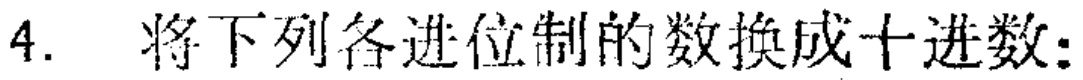
4. 将下列各进位制的数换成十进数: